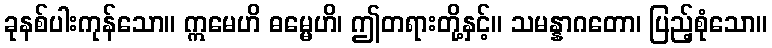
ခုနစ်ပါးကုန်သော။ ဣမေဟိ ဓမ္မေဟိ၊ ဤတရားတို့နှင့်။ သမန္နာဂတော၊ ပြည့်စုံသော။